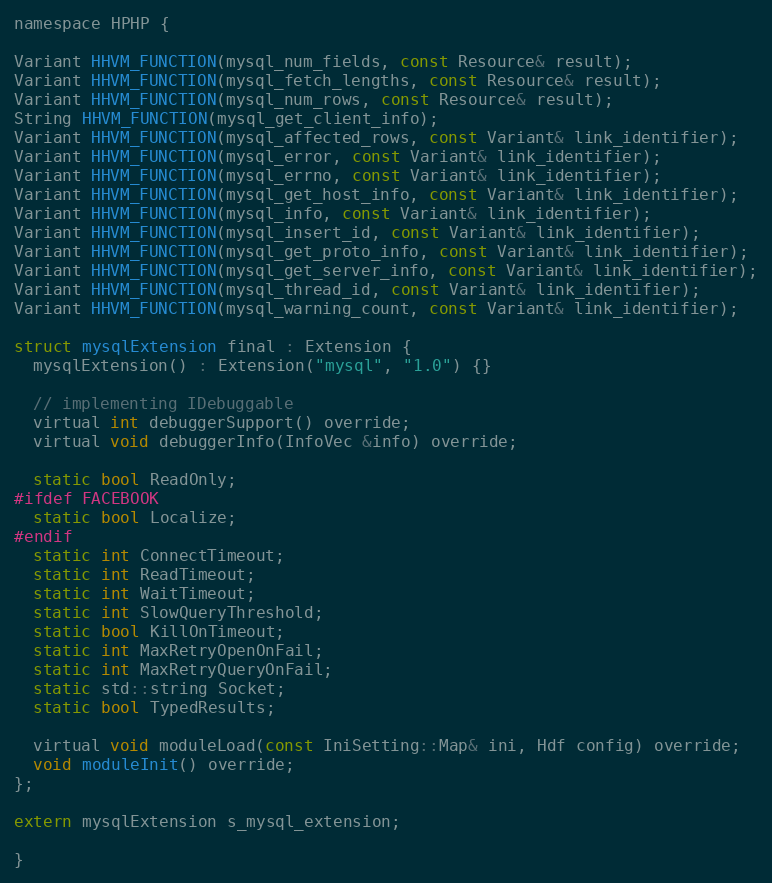
Language: C
namespace HPHP {

Variant HHVM_FUNCTION(mysql_num_fields, const Resource& result);
Variant HHVM_FUNCTION(mysql_fetch_lengths, const Resource& result);
Variant HHVM_FUNCTION(mysql_num_rows, const Resource& result);
String HHVM_FUNCTION(mysql_get_client_info);
Variant HHVM_FUNCTION(mysql_affected_rows, const Variant& link_identifier);
Variant HHVM_FUNCTION(mysql_error, const Variant& link_identifier);
Variant HHVM_FUNCTION(mysql_errno, const Variant& link_identifier);
Variant HHVM_FUNCTION(mysql_get_host_info, const Variant& link_identifier);
Variant HHVM_FUNCTION(mysql_info, const Variant& link_identifier);
Variant HHVM_FUNCTION(mysql_insert_id, const Variant& link_identifier);
Variant HHVM_FUNCTION(mysql_get_proto_info, const Variant& link_identifier);
Variant HHVM_FUNCTION(mysql_get_server_info, const Variant& link_identifier);
Variant HHVM_FUNCTION(mysql_thread_id, const Variant& link_identifier);
Variant HHVM_FUNCTION(mysql_warning_count, const Variant& link_identifier);

struct mysqlExtension final : Extension {
  mysqlExtension() : Extension("mysql", "1.0") {}

  // implementing IDebuggable
  virtual int debuggerSupport() override;
  virtual void debuggerInfo(InfoVec &info) override;

  static bool ReadOnly;
#ifdef FACEBOOK
  static bool Localize;
#endif
  static int ConnectTimeout;
  static int ReadTimeout;
  static int WaitTimeout;
  static int SlowQueryThreshold;
  static bool KillOnTimeout;
  static int MaxRetryOpenOnFail;
  static int MaxRetryQueryOnFail;
  static std::string Socket;
  static bool TypedResults;

  virtual void moduleLoad(const IniSetting::Map& ini, Hdf config) override;
  void moduleInit() override;
};

extern mysqlExtension s_mysql_extension;

}